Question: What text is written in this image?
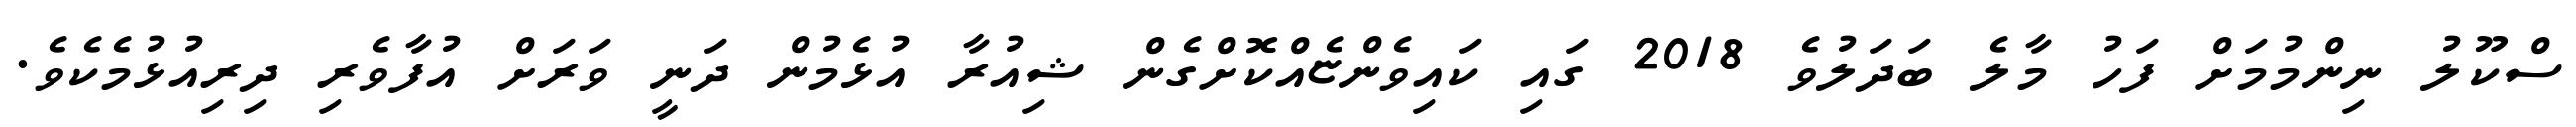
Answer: ސްކޫލު ނިންމުމަށް ފަހު މާލެ ބަދަލުވެ 2018 ގައި ކައިވެންޏެއްކޮށްގެން ޝިއުރާ އުޅެމުން ދަނީ ވަރަށް އުފާވެރި ދިރިއުޅުމެކެވެ.